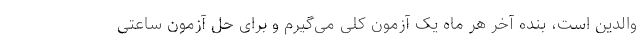
والدین است، بنده آخر هر ماه یک آزمون کلی می‌گیرم و برای حل آزمون ساعتی